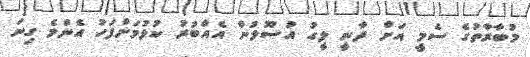
މުބާރާތުގެ ސެމީ އަށް ދާނީ ލީގު އުސޫލުން އެއްބުރު ކުޅުމަށްފަހު އެންމެ ގިނަ